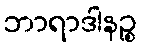
ဘာရာဒါနဉ္စ